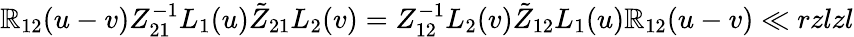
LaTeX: {\mathbb{R}}_{12}(u-v)Z_{21}^{-1}L_{1}(u)\tilde{{Z}}_{21}L_{2}(v)=Z_{12}^{-1}L_{2}(v)\tilde{{Z}}_{12}L_{1}(u){\mathbb{R}}_{12}(u-v)\ll{rzlzl}